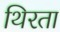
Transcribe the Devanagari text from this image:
थिरता